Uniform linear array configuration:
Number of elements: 32
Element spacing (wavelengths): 1
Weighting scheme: exponential
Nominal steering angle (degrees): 0
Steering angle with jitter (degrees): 0.185
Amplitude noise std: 0.05
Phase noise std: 0.05

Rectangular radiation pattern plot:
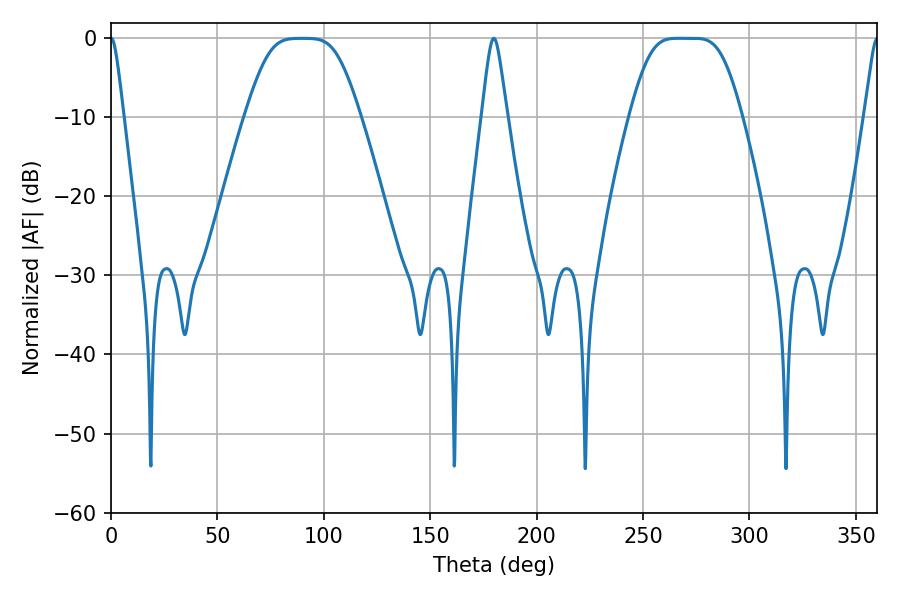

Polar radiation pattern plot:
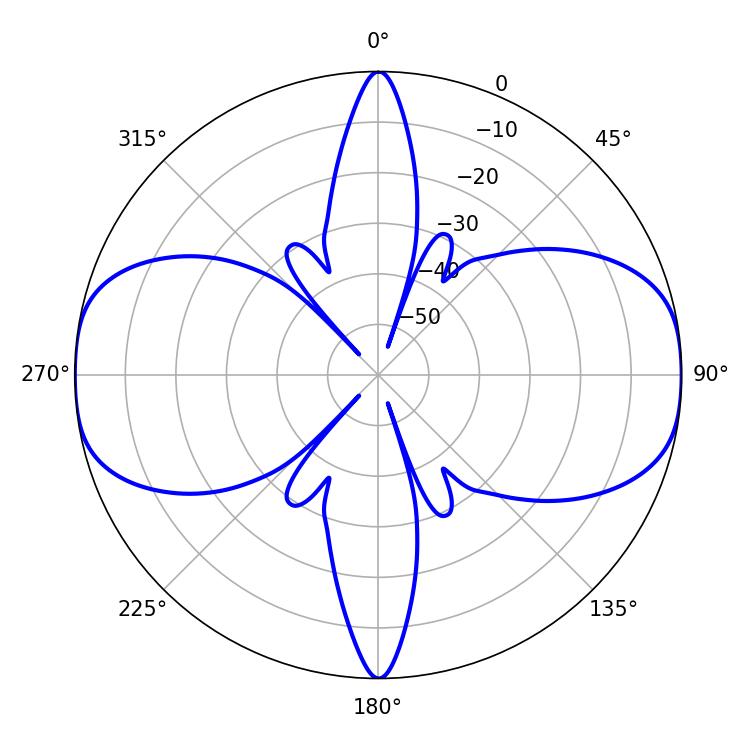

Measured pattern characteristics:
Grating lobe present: TRUE
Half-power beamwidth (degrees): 36.72
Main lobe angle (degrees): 266.4